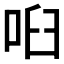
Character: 𠲼